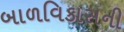
બાળવિકાસની